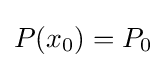
P(x_{0})=P_{0}